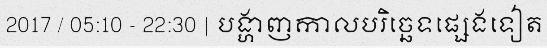
2017 / 05:10 - 22:30 | បង្ហាញកាលបរិច្ឆេទផ្សេងទៀត